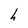
Character: h